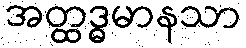
အတ္ထဒ္ဓမာနသာ